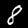
Label: 8